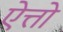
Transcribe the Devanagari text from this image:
ऐत्तो